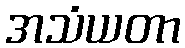
အသံယတာ